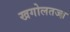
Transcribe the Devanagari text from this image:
खगोलतज्ज्ञ